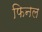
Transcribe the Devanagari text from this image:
फिनल